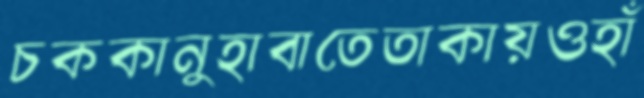
চককানুহাবাতেতাকায়ওহাঁ